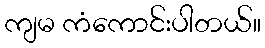
ကျမ ကံကောင်းပါတယ်။